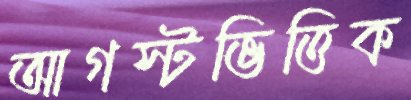
আগস্টভিত্তিক